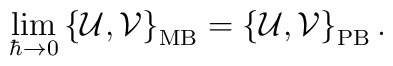
\lim_{\hbar\to 0}\left\{ {\mathcal{U}},{\mathcal{V}}\right\}_{\mathrm{MB}}=\left\{ {\mathcal{U}}, {\mathcal{V}}\right\}_{\mathrm{PB}}.